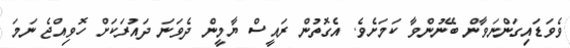
ވެވަޑައިގަންނަވާން ބޭނުންވާ ކަމަށެވެ. އެގޮތުން ރައީސް ޔާމީން ދެވަނަ ދައުރަކަށް ހޮވިއްޖެ ނަމަ